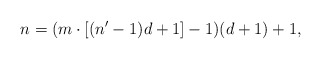
\begin{align*}n= (m\cdot [(n'-1)d+1]-1)(d+1)+1,\end{align*}